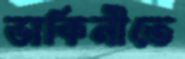
ডাকিনীতে